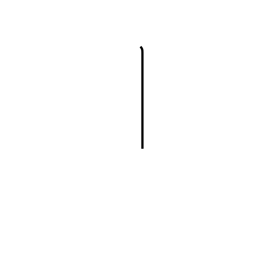
Meaning: rod radical (no. 2)